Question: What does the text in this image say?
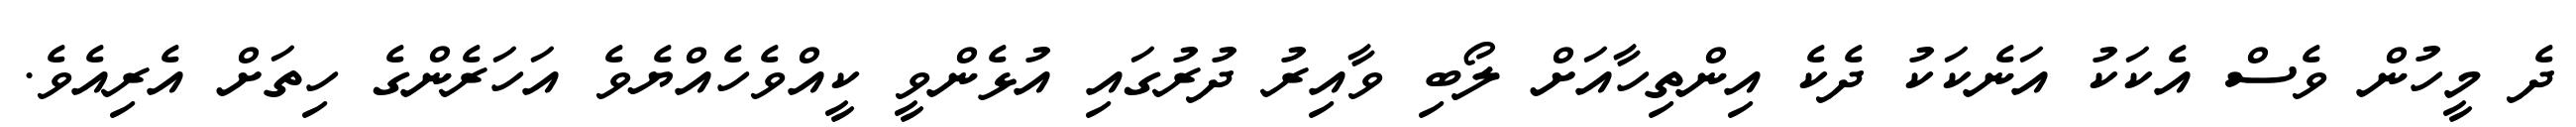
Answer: ދެ މީހުން ވެސް އެކަކު އަނެކަކު ދެކެ އިންތިހާއަށް ލޯބި ވާއިރު ދުރުގައި އުޅެންވީ ކީއްވެހެއްޔެވެ އަހަރެންގެ ހިތަށް އެރިއެވެ.